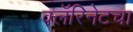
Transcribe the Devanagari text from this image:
क्लॅरिनेटचा